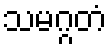
သမဂ္ဂတံ